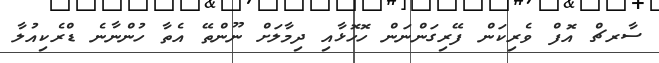
ސާރޗް އޮފް ވެރިކަން ފޭރިގަންނަން ހޮހޮޅާއި ދިމާލަށް ނޫންތޭ އެތާ ހުންނާނެ ޑްރެކިއުލާ